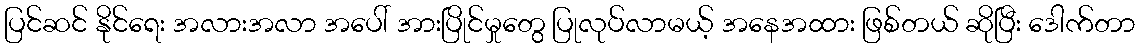
ပြင်ဆင် နိုင်ရေး အလားအလာ အပေါ် အားပြိုင်မှုတွေ ပြုလုပ်လာမယ့် အနေအထား ဖြစ်တယ် ဆိုပြီး ဒေါက်တာ